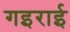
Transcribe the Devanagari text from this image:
गइराई